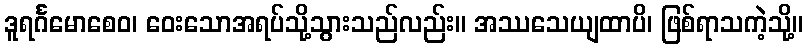
ဒူရင်္ဂမောစေဝ၊ ဝေးသောအရပ်သို့သွားသည်လည်း။ အဿသေယျထာပိ၊ ဖြစ်ရာသကဲ့သို့။